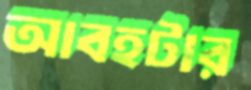
আবহটার